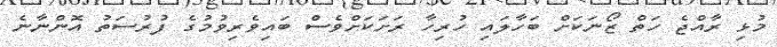
މުޅި ރާއްޖެ ހަތް ޒޯނަކަށް ބަހާލައި ހުރިހާ ރަށަކަށްވެސް ބައިވެރިވުމުގެ ފުރުސަތު އޮންނާނެ